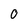
Character: 0